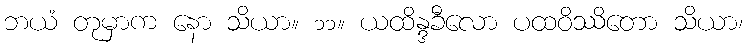
ဘယံ တုမှာက နော သိယာ။ ၁၁။ ယထိန္ဒခီလော ပထဝိဿိတော သိယာ၊